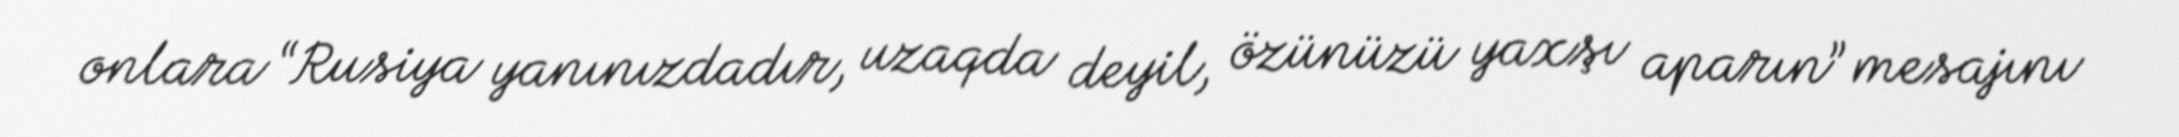
onlara “Rusiya yanınızdadır, uzaqda deyil, özünüzü yaxşı aparın” mesajını